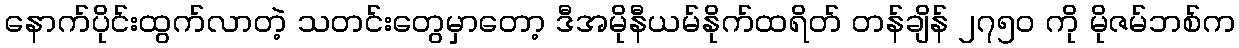
နောက်ပိုင်းထွက်လာတဲ့ သတင်းတွေမှာတော့ ဒီအမိုနီယမ်နိုက်ထရိတ် တန်ချိန် ၂၇၅၀ ကို မိုဇမ်ဘစ်က